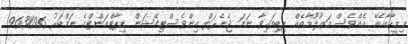
މިމީހާއާބެހޭ އެއްވެސް މަޢުލޫމާތެއް ލިބިފައިވާ ނަމަ ޖެނެރަލް އިންވެސްޓިގޭޝަން ޑިޕާޓްމަންޓްގެ ނަމްބަރު 9631696